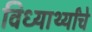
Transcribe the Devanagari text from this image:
विध्यार्थ्यांचे